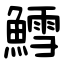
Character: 鱈